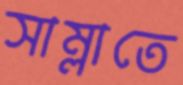
সাম্‌লাতে